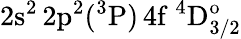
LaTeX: \mathrm{2s^{2}\, 2p^{2}(^{3}P)\, 4f~^{4}D_{3/2}^{o}}